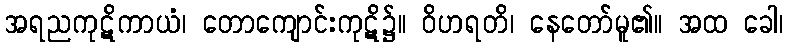
အရညကုဋိကာယံ၊ တောကျောင်းကုဋိ၌။ ဝိဟရတိ၊ နေတော်မူ၏။ အထ ခေါ၊